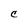
Character: C